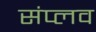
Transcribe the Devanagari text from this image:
संप्लव